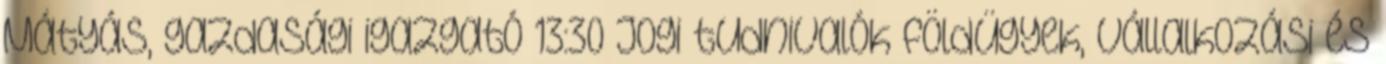
Mátyás, gazdasági igazgató 13:30 Jogi tudnivalók földügyek, vállalkozási és